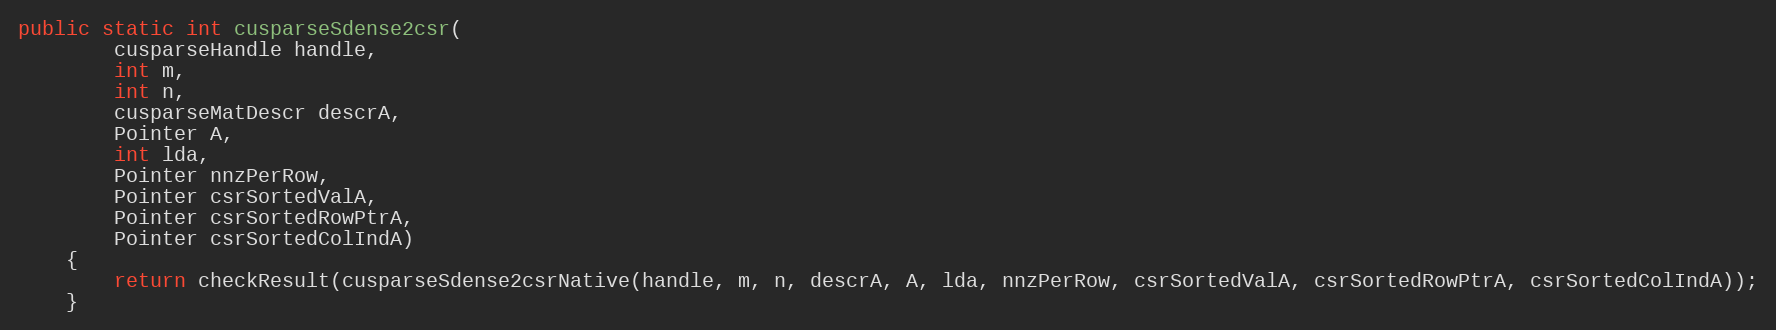
Language: Java
public static int cusparseSdense2csr(
        cusparseHandle handle,
        int m,
        int n,
        cusparseMatDescr descrA,
        Pointer A,
        int lda,
        Pointer nnzPerRow,
        Pointer csrSortedValA,
        Pointer csrSortedRowPtrA,
        Pointer csrSortedColIndA)
    {
        return checkResult(cusparseSdense2csrNative(handle, m, n, descrA, A, lda, nnzPerRow, csrSortedValA, csrSortedRowPtrA, csrSortedColIndA));
    }